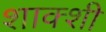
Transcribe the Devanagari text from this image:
शाक्शी